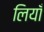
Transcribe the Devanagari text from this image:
लियाँ